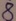
Text: 8